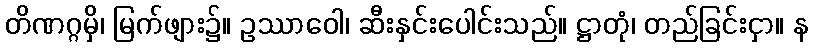
တိဏဂ္ဂမှိ၊ မြက်ဖျား၌။ ဥဿာဝေါ၊ ဆီးနှင်းပေါင်းသည်။ ဋ္ဌာတုံ၊ တည်ခြင်းငှာ။ န